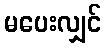
မပေးလျှင်